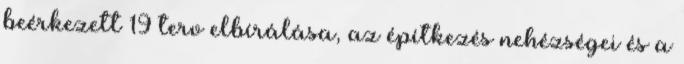
beérkezett 19 terv elbírálása, az építkezés nehézségei és a